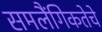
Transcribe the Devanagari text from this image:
समलैंगिकतेचे